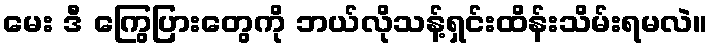
မေး ဒီ ကြွေပြားတွေကို ဘယ်လိုသန့်ရှင်းထိန်းသိမ်းရမလဲ။